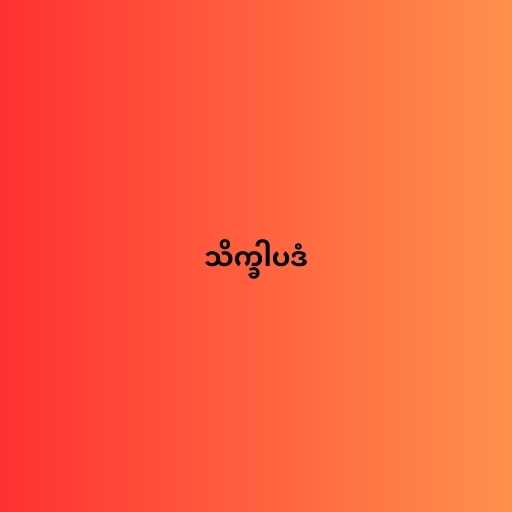
သိက္ခါပဒံ